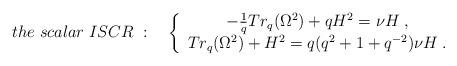
LaTeX: \begin{align*}the \; scalar \; ISCR \; : \quad\left\{\begin{array}{c}-\frac{1}{q} Tr_{q}(\Omega^{2}) + q H^{2} = \nu H \; , \\Tr_{q}(\Omega^{2}) + H^{2} = q(q^{2} + 1 + q^{-2})\nu H \; .\end{array}\right.\end{align*}